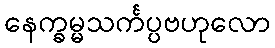
နေက္ခမ္မသင်္ကပ္ပဗဟုလော